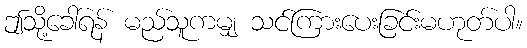
ဤသို့ခေါ်ရန် မည်သူကမျှ သင်ကြားပေးခြင်းမဟုတ်ပါ။